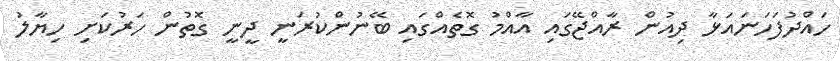
ހައްދުފަހަނައަޅާ ދިއުން ރާއްޖޭގައި އާއްމު ގޮތެއްގައި ބޭނުންކުރަނީ ދީނީ ގޮތުން ހަރުކަށި ހިޔާލު